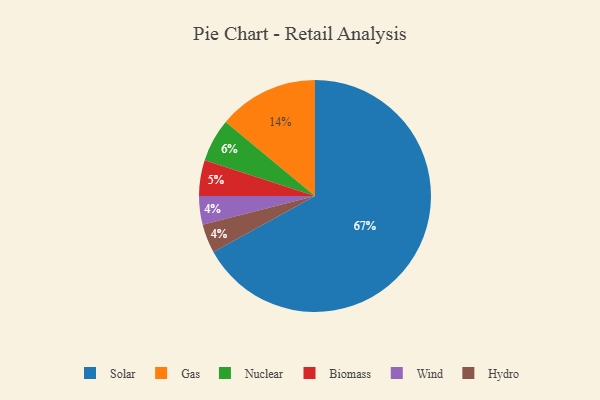
{"axis": {"x": "Category", "y": "Percentage"}, "legend": ["Biomass", "Gas", "Hydro", "Nuclear", "Solar", "Wind"], "data": [{"x": "Gas", "y": 14, "type": "Gas"}, {"x": "Biomass", "y": 5, "type": "Biomass"}, {"x": "Solar", "y": 67, "type": "Solar"}, {"x": "Wind", "y": 4, "type": "Wind"}, {"x": "Hydro", "y": 4, "type": "Hydro"}, {"x": "Nuclear", "y": 6, "type": "Nuclear"}]}